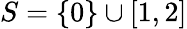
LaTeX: S=\{ 0\} \cup[1,2]